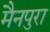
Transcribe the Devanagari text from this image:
मैनपुरा